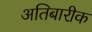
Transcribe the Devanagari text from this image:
अतिबारीक